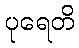
ပုရေတိ